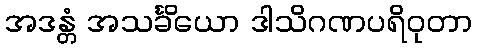
အဒန္တံ အသင်္ခိယော ဒါသိဂဏပရိဝုတာ